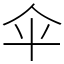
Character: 伞